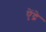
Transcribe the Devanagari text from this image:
ऐंद्रे